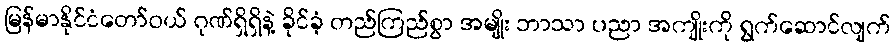
မြန်မာနိုင်ငံတော်ဝယ် ဂုဏ်ရှိရှိနဲ့ ခိုင်ခံ့ တည်ကြည်စွာ အမျိုး ဘာသာ ပညာ အကျိုးကို ရွက်ဆောင်လျက်